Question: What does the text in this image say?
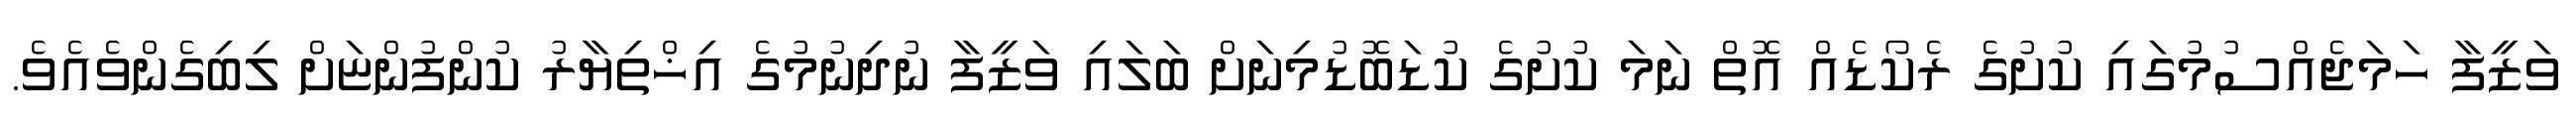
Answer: ވަޒީފާ ހަމަޖެއްސުމުގައި ކުށުގެ ރެކޯޑެއް އޮތް ނަމަ ކުށުގެ ކުޑަބޮޑުމިނަށް ބަލައި ވަޒީފާ ނުދިނުމުގެ އިޚްތިޔާރު ކުންފުންޏަށް ލިބިގެންވެއެވެ.